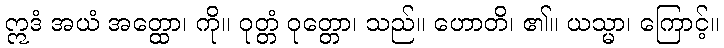
ဣဒံ အယံ အတ္ထော၊ ကို။ ဝုတ္တံ ဝုတ္တော၊ သည်။ ဟောတိ၊ ၏။ ယသ္မာ၊ ကြောင့်။